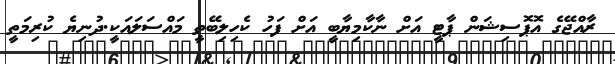
ރާއްޖޭގެ އޮޕޮސިޝަން ޕާޓީ އަށް ނާކާމިޔާބީ އަށް ފަހު ކެހިލިބޭތީ މައްސަލައަކީ.ދުނިޔެ ކުރިމަތީ